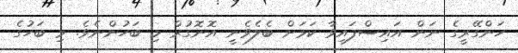
ހަންގޭރީގެ ނަން އައިސްފައިވާ ކަމަށް ބެލެވެނީ އޮނޮގުރް މި ބަހުންނެވެ. މި ބަހުގެ